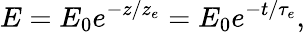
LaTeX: E=E_{0}e^{-z/z_{e}}=E_{0}e^{-t/{\tau}_{e}},